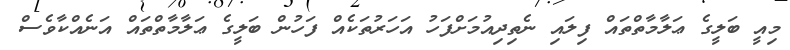
މިއީ ބަލީގެ ޢަލާމާތްތައް ފިލައި ނެތިދިއުމަށްފަހު އަހަރުތަކެއް ފަހުން ބަލީގެ ޢަލާމާތްތައް އަނެއްކާވެސް